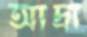
আদ্রা